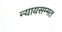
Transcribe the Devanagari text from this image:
न्यायसम्मत